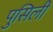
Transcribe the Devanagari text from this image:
पुसिली